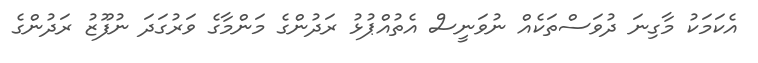
އެކަމަކު މާގިނަ ދުވަސްތަކެއް ނުވަނީސް އެތުއްޕުޅު ރަދުންގެ މަންމާގެ ވަރުގަދަ ނުފޫޒު ރަދުންގެ